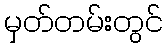
မှတ်တမ်းတွင်